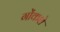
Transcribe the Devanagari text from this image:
गोंकशे